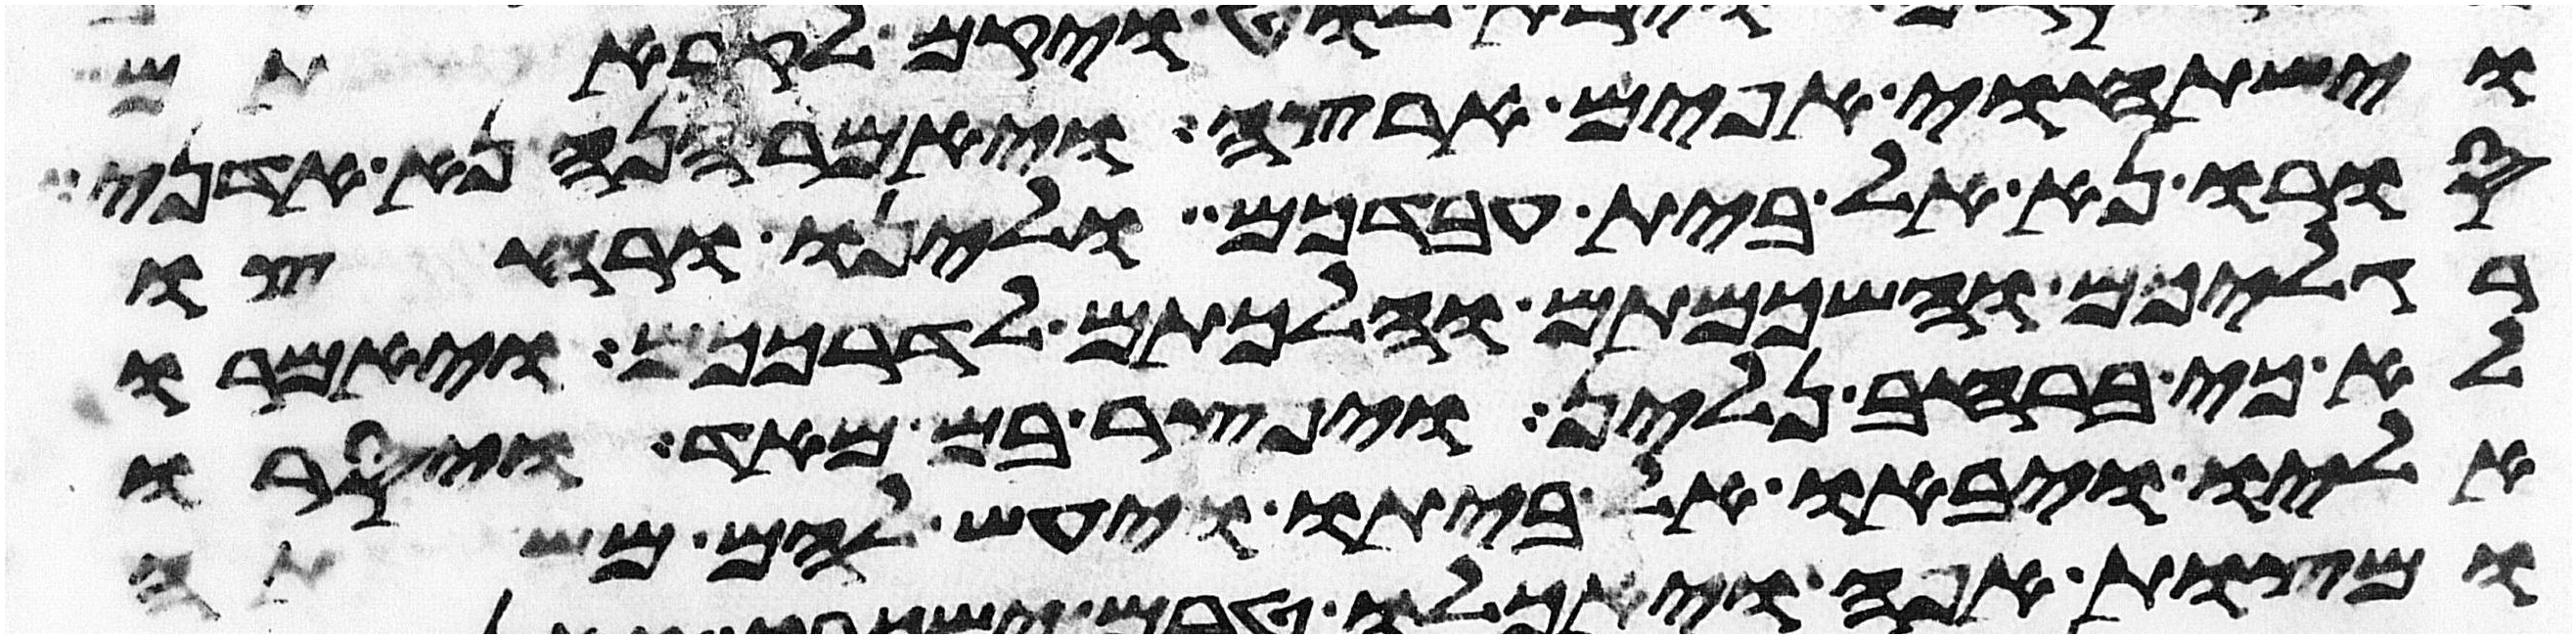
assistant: וישתחוי אפים ארצה ויאמר הנה נא אדני
סורו נא אל בית עבדכם ולינו ורחצו
רגליכם והשכמתם והלכתם לדרככם ויאמרו
לא כי ברחב נלין ויפצר בם מאד ויסרו
אליו ויבאו אל ביתו ויעש להם משתה